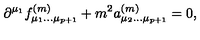
\partial ^ { \mu _ { 1 } } f _ { \mu _ { 1 } \dots \mu _ { p + 1 } } ^ { ( m ) } + m ^ { 2 } a _ { \mu _ { 2 } \dots \mu _ { p + 1 } } ^ { ( m ) } = 0 ,